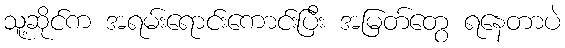
သူ့ဆိုင်က အရမ်းရောင်းကောင်းပြီး အမြတ်တွေ ရနေတာပဲ